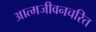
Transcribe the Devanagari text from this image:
आत्मजीवनचरित